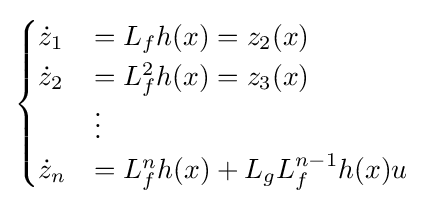
{\begin{cases}{\dot {z}}_{1}&=L_{f}h(x)=z_{2}(x)\\{\dot {z}}_{2}&=L_{f}^{2}h(x)=z_{3}(x)\\&\vdots \\{\dot {z}}_{n}&=L_{f}^{n}h(x)+L_{g}L_{f}^{n-1}h(x)u\end{cases}}